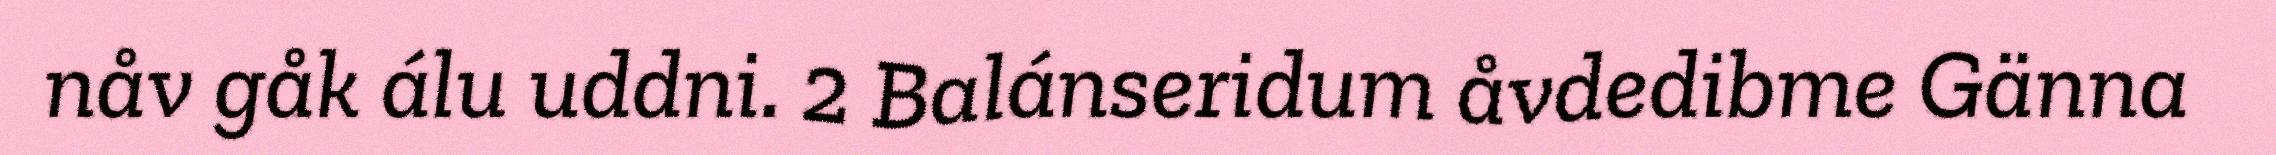
nåv gåk álu uddni. 2 Balánseridum åvdedibme Gänna